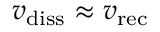
v _ { \mathrm { d i s s } } \approx v _ { \mathrm { r e c } }